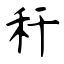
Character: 秆